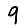
Digit: 9